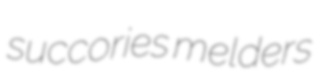
succories melders